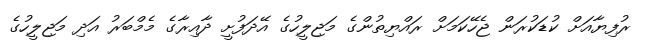
ރުފިޔާއަށް ކުޑަކުރަން ޖެހޭކަމަށް ރައްޔިތުންގެ މަޖިލީހުގެ އޭދަފުށީ ދާއިރާގެ މެމްބަރު އަދި މަޖިލީހުގެ